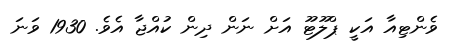
ވެންޓިއާ އަކީ ޕްލޫޓޫ އަށް ނަން ދިން ކުއްޖާ އެެވެ. 1930 ވަނަ